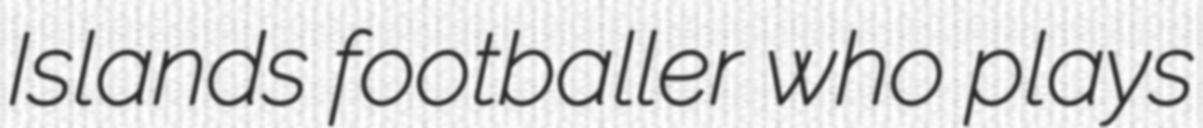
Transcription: Islands footballer who plays